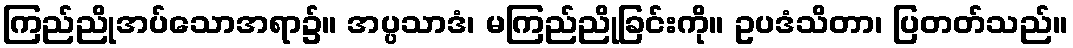
ကြည်ညိုအပ်သောအရာ၌။ အပ္ပသာဒံ၊ မကြည်ညိုခြင်းကို။ ဥပဒံသိတာ၊ ပြတတ်သည်။